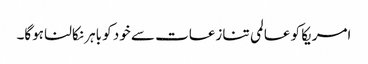
امریکا کو عالمی تنازعات سے خود کو باہر نکالنا ہوگا۔